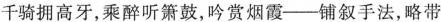
千骑拥高牙，乘醉听箫鼓，吟赏烟霞——铺叙手法，略带